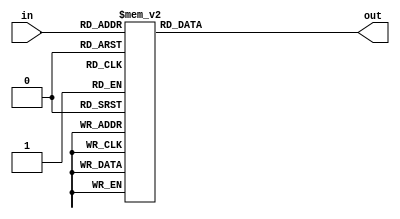
`timescale 1ns / 1ps
//////////////////////////////////////////////////////////////////////////////////
// Company: 
// Engineer: 
// 
// Design Name: 
// Module Name:    decodificador 
// Project Name: 
// Target Devices: 
// Tool versions: 
// Description: 
//
// Dependencies: 
//
// Revision: 
// Revision 0.01 - File Created
// Additional Comments: 
//
//////////////////////////////////////////////////////////////////////////////////
module decodificador
	(
    input [3:0] in,
    output reg [6:0] out
    );
    
always @(*)
    case(in)         //   GFEDCBA
        4'b0000: out = 7'b1000000; // 0
        4'b0001: out = 7'b1111001; // 1
        4'b0010: out = 7'b0100100; // 2
        4'b0011: out = 7'b0110000; // 3
        4'b0100: out = 7'b0011001; // 4
        4'b0101: out = 7'b0010010; // 5
        4'b0110: out = 7'b0000010; // 6
        4'b0111: out = 7'b1111000; // 7
        4'b1000: out = 7'b0000000; // 8
        4'b1001: out = 7'b0010000; // 9
		  4'b1010: out = 7'b0001110; // 10//F
		  4'b1011: out = 7'b1001111; // 11//I
        4'b1100: out = 7'b0101011; // 12//N
        4'b1101: out = 7'b0001100; // 13//P
        4'b1110: out = 7'b0001000; // 14//A
        default: out = 7'b1111111; // Turn off all segments
    endcase
	endmodule